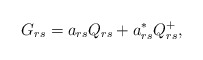
\begin{align*}G_{rs}=a_{rs}Q_{rs}+a_{rs}^{\ast }Q_{rs}^{+}, \end{align*}